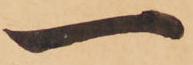
一